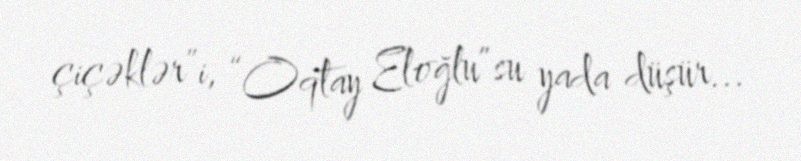
çiçəklər”i, “Oqtay Eloğlu”su yada düşür...